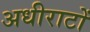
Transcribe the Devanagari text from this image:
अधीराटों